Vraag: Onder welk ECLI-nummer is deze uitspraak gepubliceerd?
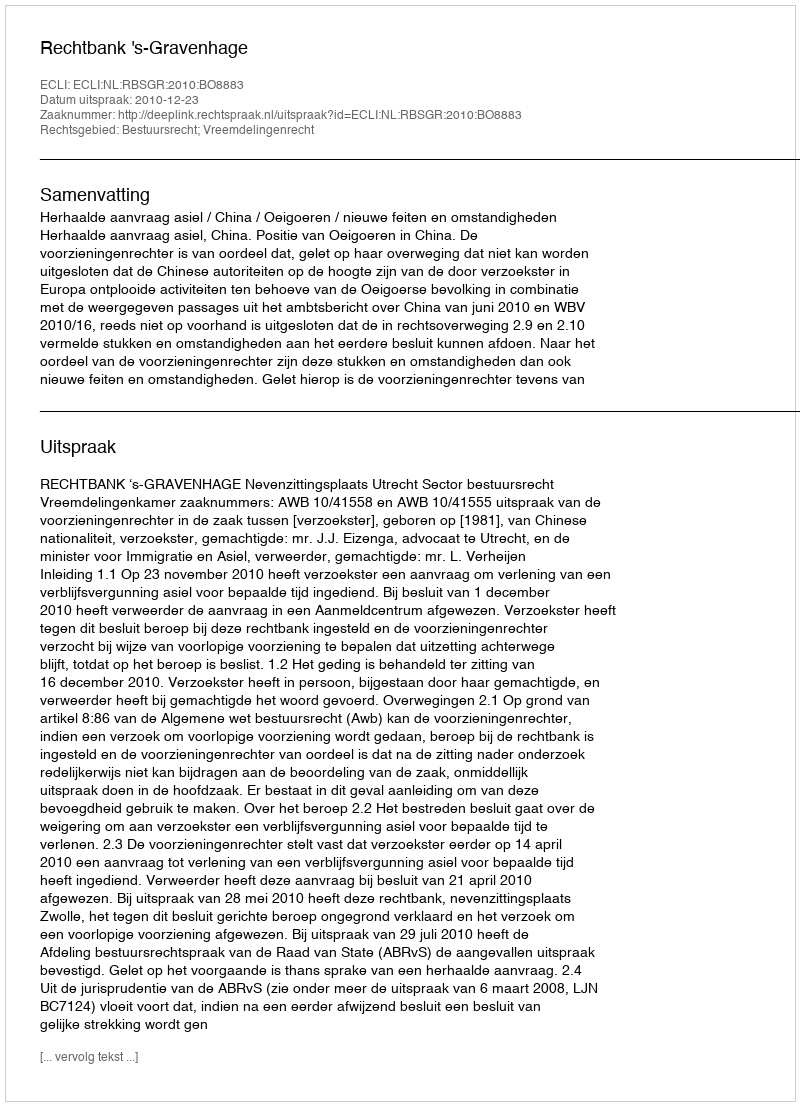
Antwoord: ECLI:NL:RBSGR:2010:BO8883